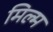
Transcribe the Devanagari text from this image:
मिल्म